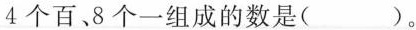
4个百，8个一组成的数是()。